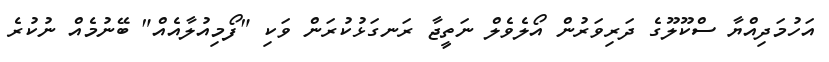
އަހުމަދިއްޔާ ސްކޫލޫގެ ދަރިވަރުން އޯލެވެލް ނަތީޖާ ރަނގަޅުކުރަން ވަކި "ފޯމިއުލާއެއް" ބޭނުމެއް ނުކުރެ